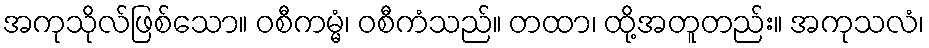
အကုသိုလ်ဖြစ်သော။ ဝစီကမ္မံ၊ ဝစီကံသည်။ တထာ၊ ထို့အတူတည်း။ အကုသလံ၊